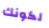
لكونك